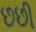
છછી